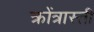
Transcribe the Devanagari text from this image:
क्रोंत्रास्ती